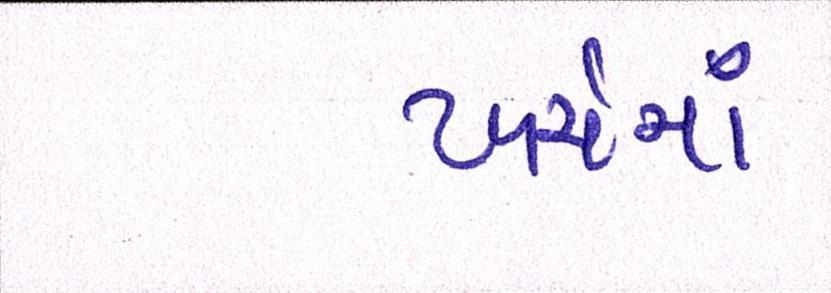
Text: ખર્ચમાં